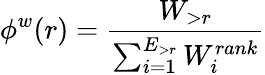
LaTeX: \phi^{w}(r)=\frac{W_{>r}}{\sum_{i=1}^{E_{>r}}W_{i}^{rank}}